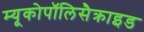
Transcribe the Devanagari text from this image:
म्यूकोपॉलिसैक्राइड